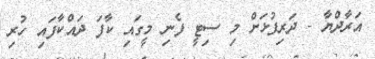
އަރާދްޔާ - ދަރިފުޅަށް މި ސިޓީ ފެނި މީގައި ކާފަ ދައްކާފައި ހުރި